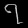
Digit: ၇